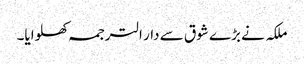
ملکہ نے بڑے شوق سے دار الترجمہ کھلوایا۔